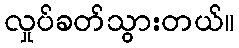
လှုပ်ခတ်သွားတယ်။